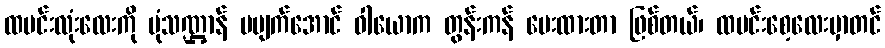
ထမင်းလုံးလေးကို ပုံသဏ္ဌာန် မပျက်အောင် ဝါယောက တွန်းကန် ပေးထားတာ ဖြစ်တယ်၊ ထမင်းစေ့လေးမှာတင်